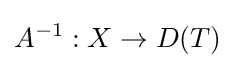
A^{-1}:X\to D(T)